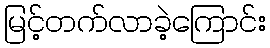
မြင့်တက်လာခဲ့ကြောင်း